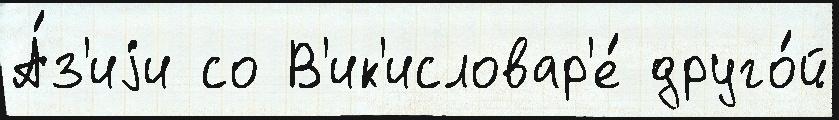
А́з'иjи со В'ик'исловар'е́ друго́й